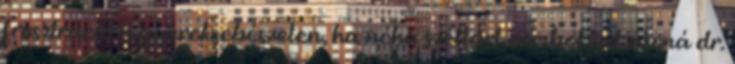
frusztráció a gyereksebészeten, ha néha széttárt combokkal várná dr.